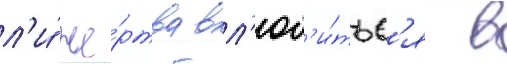
л'и́ же́ртва вл'юб'и́тьс'я в